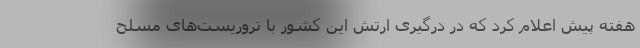
هفته پیش اعلام کرد که در درگیری ارتش این کشور با تروریست‌های مسلح